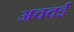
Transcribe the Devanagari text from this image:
अववई